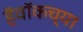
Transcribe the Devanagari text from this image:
हॅवॉकच्या